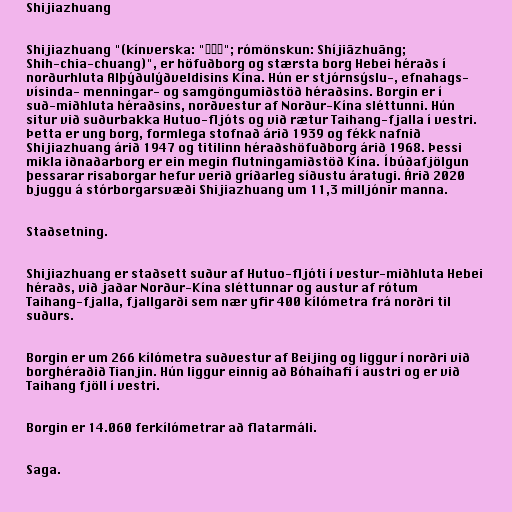
Shijiazhuang

Shijiazhuang "(kínverska: "石家庄"; rómönskun: Shíjiāzhuāng;
Shih-chia-chuang)", er höfuðborg og stærsta borg Hebei héraðs í
norðurhluta Alþýðulýðveldisins Kína. Hún er stjórnsýslu-, efnahags-
vísinda- menningar- og samgöngumiðstöð héraðsins. Borgin er í
suð-miðhluta héraðsins, norðvestur af Norður-Kína sléttunni. Hún
situr við suðurbakka Hutuo-fljóts og við rætur Taihang-fjalla í vestri.
Þetta er ung borg, formlega stofnað árið 1939 og fékk nafnið
Shijiazhuang árið 1947 og titilinn héraðshöfuðborg árið 1968. Þessi
mikla iðnaðarborg er ein megin flutningamiðstöð Kína. Íbúðafjölgun
þessarar risaborgar hefur verið gríðarleg síðustu áratugi. Árið 2020
bjuggu á stórborgarsvæði Shijiazhuang um 11,3 milljónir manna.

Staðsetning.

Shijiazhuang er staðsett suður af Hutuo-fljóti í vestur-miðhluta Hebei
héraðs, við jaðar Norður-Kína sléttunnar og austur af rótum
Taihang-fjalla, fjallgarði sem nær yfir 400 kílómetra frá norðri til
suðurs.

Borgin er um 266 kílómetra suðvestur af Beijing og liggur í norðri við
borghéraðið Tianjin. Hún liggur einnig að Bóhaíhafi í austri og er við
Taihang fjöll í vestri.

Borgin er 14.060 ferkílómetrar að flatarmáli.

Saga.